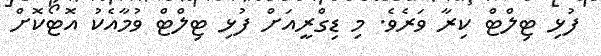
ފުޅި ޓިލްޓް ކިރާ ވަރެވެ. މި ޑިގްރީއަށް ފުޅި ޓިލްޓް ވުމާއެކު އޮޓޯކޮށް